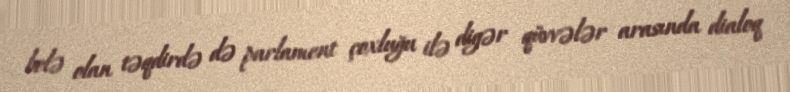
belə olan təqdirdə də parlament çoxluğu ilə digər qüvvələr arasında dialoq